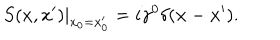
LaTeX: \left. S ( x , x ^ { \prime } ) \right| _ { x _ { 0 } = x _ { 0 } ^ { \prime } } = i \gamma ^ { 0 } \delta ( { \bf x } - { \bf x } ^ { \prime } ) .